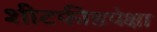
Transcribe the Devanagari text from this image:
शीटफीडपेक्षा